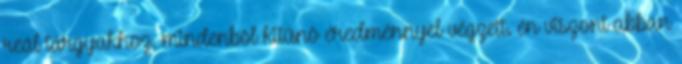
reál tárgyakhoz, mindenbõl kitûnõ eredménnyel végzett. én viszont abban